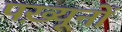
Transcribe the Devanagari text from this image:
पख़्यूनों